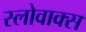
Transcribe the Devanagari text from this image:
स्लोवाक्स